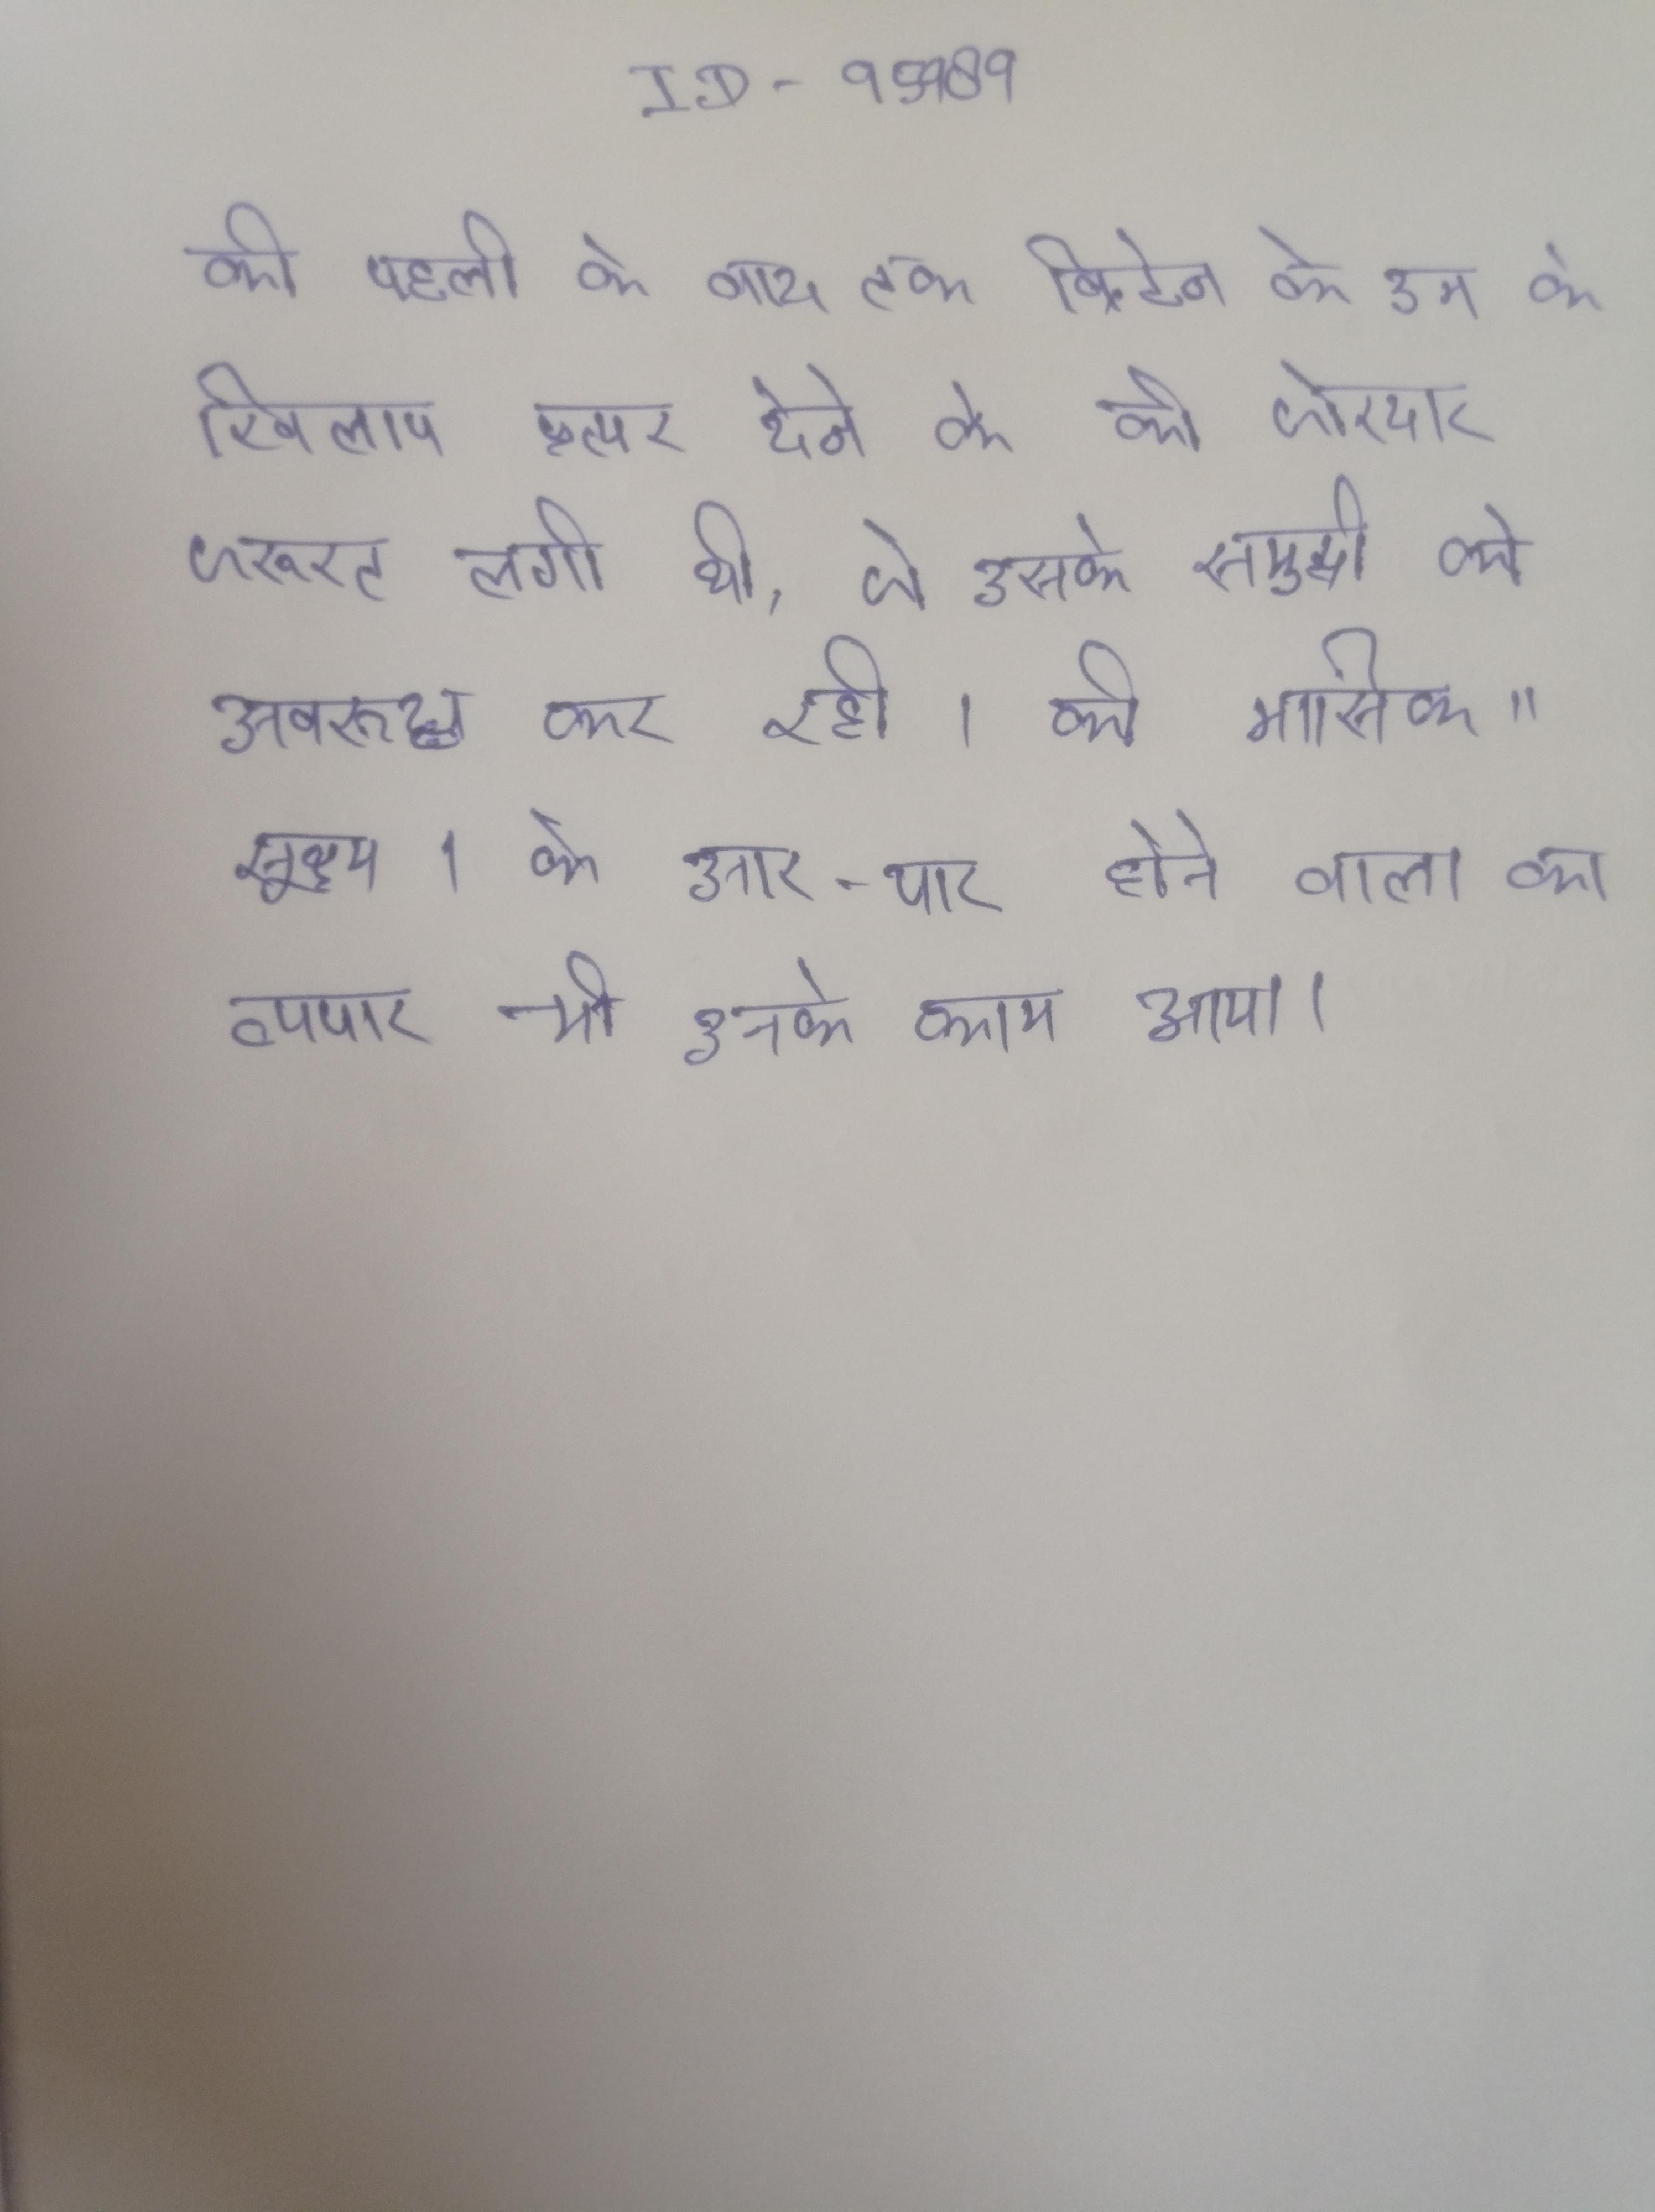
की पहली के बाद, तक ब्रिटेन को उन के खिलाफ प्रत्युत्तर देने के की जोरदार जरूरत लगी थी, जो उसके समुद्री को अवरूद्ध कर रही । की मासिक "सूक्ष्म । के आर-पार होने वाला का व्यापार भी उनके काम आया ।